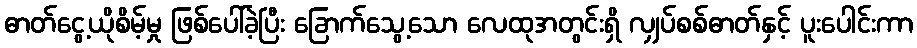
ဓာတ်ငွေ့ယိုစိမ့်မှု ဖြစ်ပေါ်ခဲ့ပြီး ခြောက်သွေ့သော လေထုအတွင်းရှိ လျှပ်စစ်ဓာတ်နှင့် ပူးပေါင်းကာ